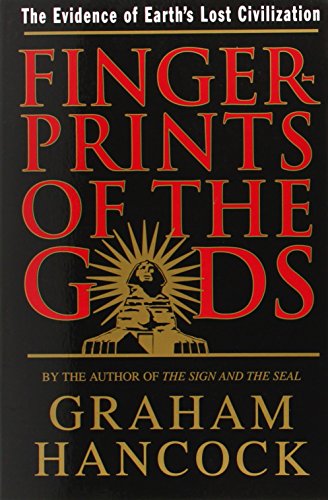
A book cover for Fingerprints of the Gods; Graham Hancock; Science & Math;